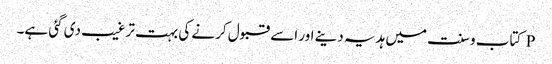
P کتاب وسنت میں ہدیہ دینے اور اسے قبول کرنے کی بہت ترغیب دی گئی ہے۔